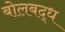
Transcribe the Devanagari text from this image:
बोलबद्ध